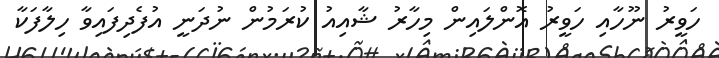
ހަވީރު ނޫހާއި ހަވީރު އޮންލައިން މިހާރު ޝާއިއު ކުރަމުން ނުދަނީ އުފެދިފައިވާ ހިލާފަކާ